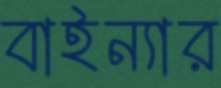
বাইন্যার